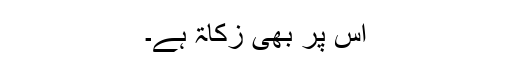
اس پر بھی زکاۃ ہے۔